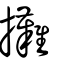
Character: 攤